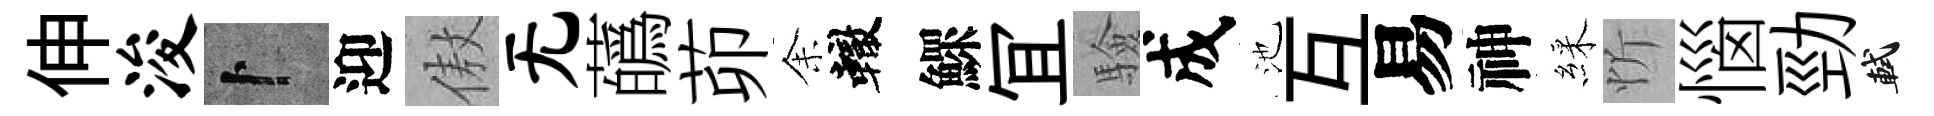
伸浚卜迎傲无蘤茆𪜬轍鰥冝驗成池互易神綵忻惱勁軾